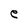
Character: e